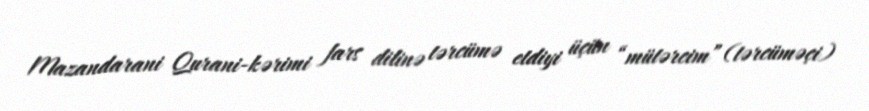
Mazandarani Qurani-kərimi fars dilinə tərcümə etdiyi üçün “mütərcim” (tərcüməçi)